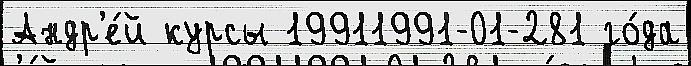
Андр'е́й курсы 19911991-01-281 го́да